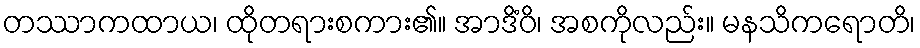
တဿာကထာယ၊ ထိုတရားစကား၏။ အာဒိံဝိ၊ အစကိုလည်း။ မနသိကရောတိ၊